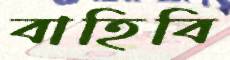
বাহিবি